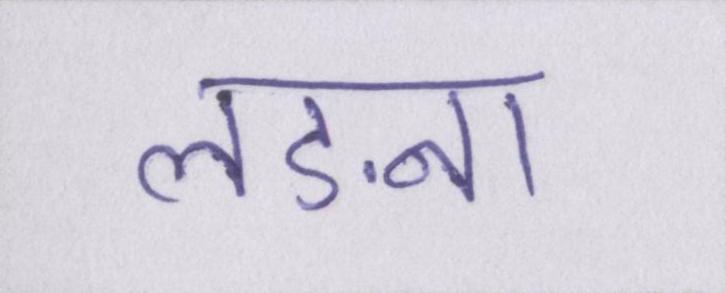
लङना